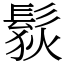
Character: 䯼